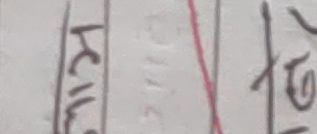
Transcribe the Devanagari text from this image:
खिला १८